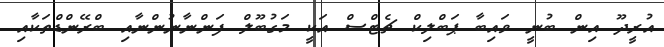
އުރީދޫ އިން ބުނީ ވައިބާ ޕަބްލިކް ޗެޓްސް އަކީ މަގުބޫލް ފަންނާނުންނާއި ބްރޭންޑްތަކާއި